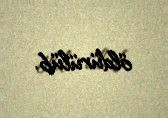
öldürülüb.